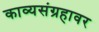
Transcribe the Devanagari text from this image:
काव्यसंग्रहावर